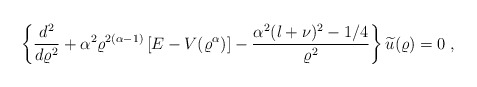
\begin{align*}\left\{ \frac{d^{2} }{d \varrho^{2}}+\alpha^{2} \varrho^{2(\alpha-1)} \left[E - V( \varrho^{\alpha}) \right]- \frac{ \alpha^{2} (l + \nu)^{2} - 1/4 }{ \varrho^{2} }\right\} \widetilde{u} (\varrho) = 0\; ,\end{align*}